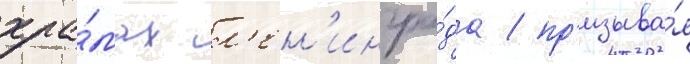
хра́мах л'ен'ингра́да / пр'изыва́я